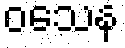
ဝသေန